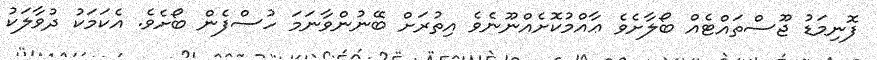
ފޮނިމަޑު ޖޫސްތައްޓެއް ބޯލާށެވެ ޢާއްމުކޮށެއްނޫނެވެ އިތުރަށް ބޭނުންވާނަމަ ހުސްފެން ބޯށެވެ. އެކަމަކު ދުވާލަކު